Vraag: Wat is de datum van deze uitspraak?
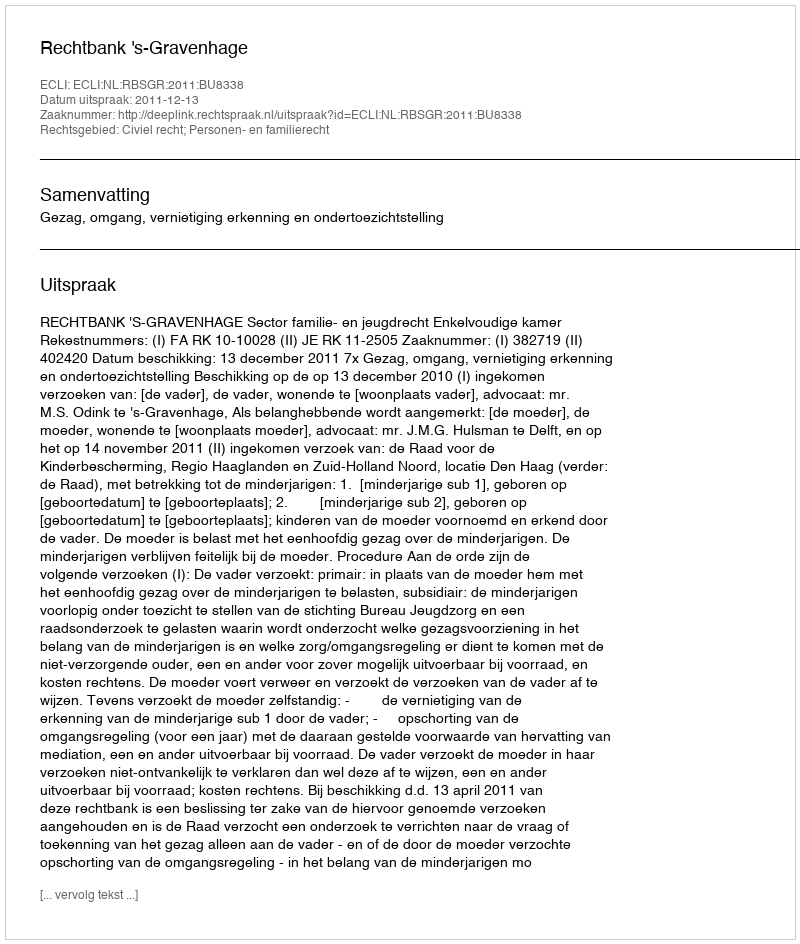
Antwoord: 2011-12-13